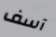
آسف